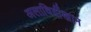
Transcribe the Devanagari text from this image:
अलाविर्दीखान